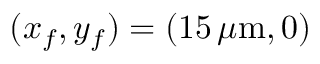
( x _ { f } , y _ { f } ) = ( 1 5 \, \mu \mathrm { m } , 0 )